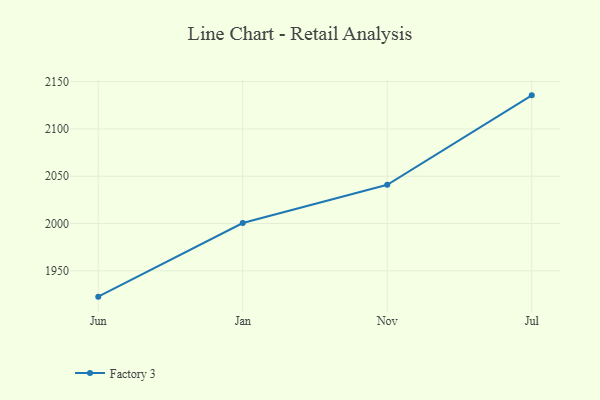
{"axis": {"x": "Month", "y": "Revenue (USD Million)"}, "legend": ["Factory 3"], "data": [{"x": "Jun", "y": 1922.7, "type": "Factory 3"}, {"x": "Jan", "y": 2000.5, "type": "Factory 3"}, {"x": "Nov", "y": 2041.0, "type": "Factory 3"}, {"x": "Jul", "y": 2135.5, "type": "Factory 3"}]}